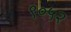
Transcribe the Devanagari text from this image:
९०५२